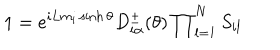
1 = e ^ { i L m _ { i } \sinh \theta } D _ { i \alpha } ^ { \pm } ( \theta ) \prod _ { l = 1 } ^ { N } S _ { i l }